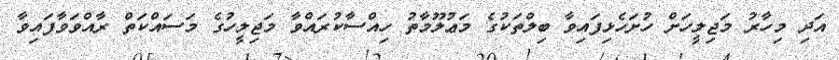
އަދި މިހާރު މަޖިލީހަށް ހުށަހެޅިފައިވާ ބިލްތަކުގެ މަޢުލޫމާތު ހިއްސާކުރައްވާ މަޖިލީހުގެ މަސައްކަތް ރާއްވަވާފައިވާ